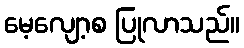
မေ့လျော့စ ပြုလာသည်။